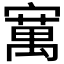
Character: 𫴆